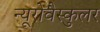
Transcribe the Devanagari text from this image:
न्यूरोवैस्कुलर